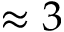
\approx 3